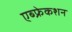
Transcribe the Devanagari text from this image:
एब्फ्रेकशन